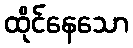
ထိုင်နေသော